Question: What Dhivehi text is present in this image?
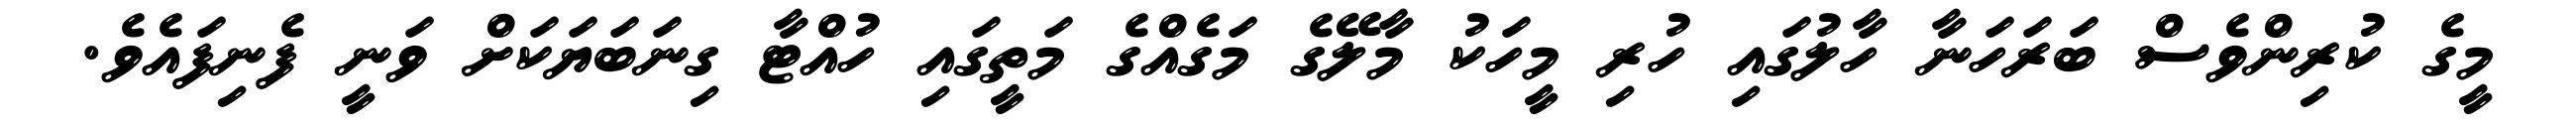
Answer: މީގެ ކުރިންވެސް ބަރަހަނާ ހާލުގައި ހުރި މީހަކު މާލޭގެ މަގެއްގެ މަތީގައި ހުއްޓާ ގިނަބަޔަކަށް ވަނީ ފެނިފައެވެ.